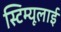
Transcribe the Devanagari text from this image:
स्टिम्यूलाई